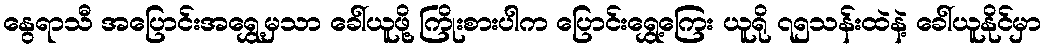
နွေရာသီ အပြောင်းအရွှေ့မှသာ ခေါ်ယူဖို့ ကြိုးစားပါက ပြောင်းရွှေ့ကြေး ယူရို ၇၅သန်းထဲနဲ့ ခေါ်ယူနိုင်မှာ